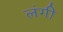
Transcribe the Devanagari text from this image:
लंगी